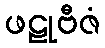
ဖဠုဗီဇံ